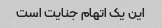
این یک اتهام جنایت است